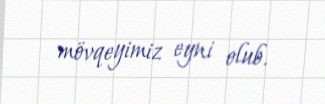
mövqeyimiz eyni olub.